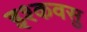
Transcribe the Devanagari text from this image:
इश्कवसु